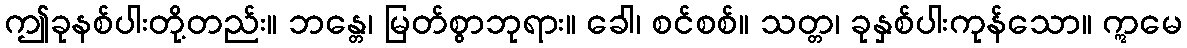
ဤခုနစ်ပါးတို့တည်း။ ဘန္တေ၊ မြတ်စွာဘုရား။ ခေါ၊ စင်စစ်။ သတ္တ၊ ခုနှစ်ပါးကုန်သော။ ဣမေ